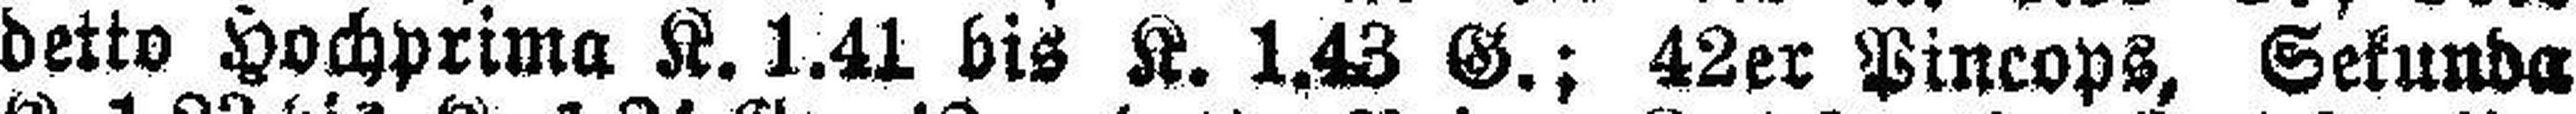
detto Hochprima K. 1.41 bis K. 1.43 G.; 42er Pincops, Sekunda